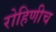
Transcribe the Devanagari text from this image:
रोहिणीच